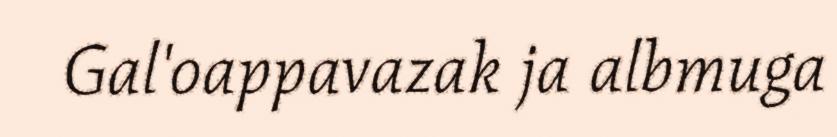
Gal'oappavazak ja albmuga